Vaccination in Bombay 1869-1873 - 1869-1873
Year: 1869
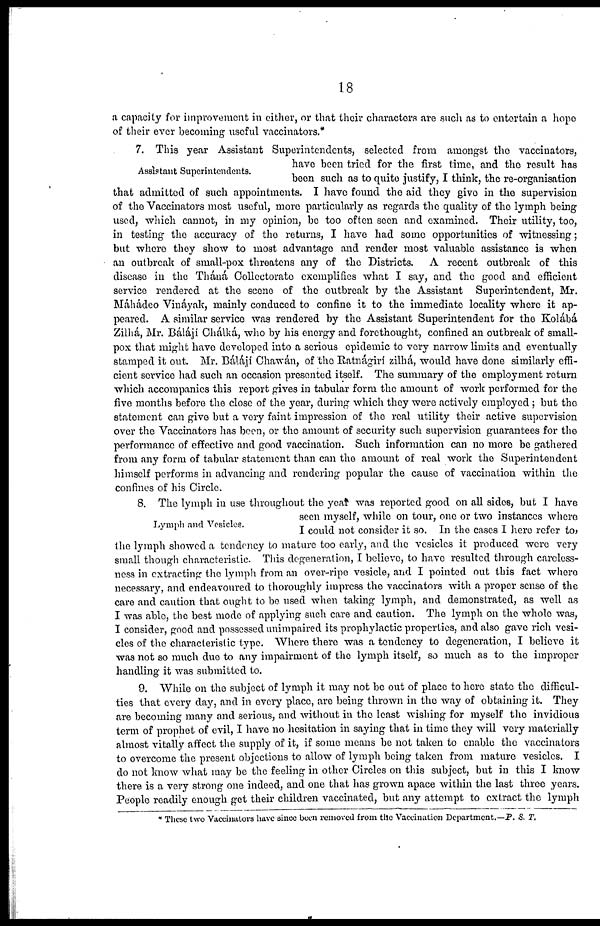
18
a capacity for improvement in either, or that their characters are such as to entertain a hope
of their ever becoming useful vaccinators.*
Assistant Superintendents.
7. This year Assistant Superintendents, selected from amongst the vaccinators,
have been tried for the first time, and the result has
been such as to quite justify, I think, the re-organisation
that admitted of such appointments. I have found the aid they give in the supervision
of the Vaccinators most useful, more particularly as regards the quality of the lymph being
used, which cannot, in my opinion, be too often seen and examined. Their utility, too,
in testing the accuracy of the returns, I have had some opportunities of witnessing;
but where they show to most advantage and render most valuable assistance is when
an outbreak of small-pox threatens any of the Districts. A recent outbreak of this
disease in the Tháná Collectorate exemplifies what I say, and the good and efficient
service rendered at the scene of the outbreak by the Assistant Superintendent, Mr.
Máhádeo Vináyak, mainly conduced to confine it to the immediate locality where it ap-
peared. A similar service was rendered by the Assistant Superintendent for the Kolábá
Zilhá, Mr. Báláji Chálká, who by his energy and forethought, confined an outbreak of small-
pox that might have developed into a serious epidemic to very narrow limits and eventually
stamped it out. Mr. Bálájí Chawán, of the Ratnágirí zilhá, would have done similarly effi-
cient service had such an occasion presented itself. The summary of the employment return
which accompanies this report gives in tabular form the amount of work performed for the
five months before the close of the year, during which they were actively employed ; but the
statement can give but a very faint impression of the real utility their active supervision
over the Vaccinators has been, or the amount of security such supervision guarantees for the
performance of effective and good vaccination. Such information can no more be gathered
from any form of tabular statement than can the amount of real work the Superintendent
himself performs in advancing and rendering popular the cause of vaccination within the
confines of his Circle.
Lymph and Vesicles.
8. The lymph in use throughout the year was reported good on all sides, but I have
seen myself, while on tour, one or two instances where
I could not consider it so. In the cases I here refer to,
the lymph showed a tendency to mature too early, and the vesicles it produced were very
small though characteristic This degeneration, I believe, to have resulted through careless-
ness in extracting the lymph from an over-ripe vesicle, and I pointed out this fact where
necessary, and endeavoured to thoroughly impress the vaccinators with a proper sense of the
care and caution that ought to be used when taking lymph, and demonstrated, as well as
I was able, the best mode of applying such care and caution. The lymph on the whole was,
I consider, good and possessed unimpaired its prophylactic properties, and also gave rich vesi-
cles of the characteristic type. Where there was a tendency to degeneration, I believe it
was not so much due to any impairment of the lymph itself, so much as to the improper
handling it was submitted to.
9. While on the subject of lymph it may not be out of place to here state the difficul-
ties that every day, and in every place, are being thrown in the way of obtaining it. They
are becoming many and serious, and without in the least wishing for myself the invidious
term of prophet of evil, I have no hesitation in saying that in time they will very materially
almost vitally affect the supply of it, if some means be not taken to enable the vaccinators
to overcome the present objections to allow of lymph being taken from mature vesicles. I
do not know what may be the feeling in other Circles on this subject, but in this I know
there is a very strong one indeed, and one that has grown apace within the last three years.
People readily enough get their children vaccinated, but any attempt to extract the lymph
* These two Vaccinators have since been removed from the Vaccination Department.—P. S. T.